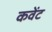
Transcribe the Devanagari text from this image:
कवेंट